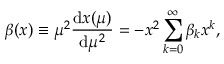
\beta ( x ) \equiv \mu ^ { 2 } \frac { \mathrm { d } x ( \mu ) } { \mathrm { d } \mu ^ { 2 } } = - x ^ { 2 } \sum _ { k = 0 } ^ { \infty } \beta _ { k } x ^ { k } ,